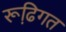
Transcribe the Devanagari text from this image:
रूढि़गत